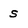
Character: s